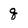
Character: q